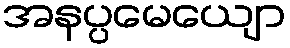
အနပ္ပမေယျော